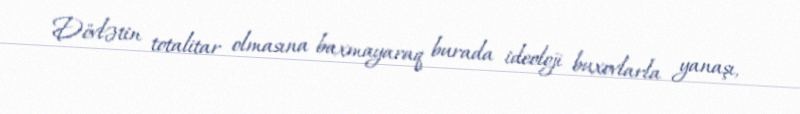
Dövlətin totalitar olmasına baxmayaraq burada ideoloji buxovlarla yanaşı,